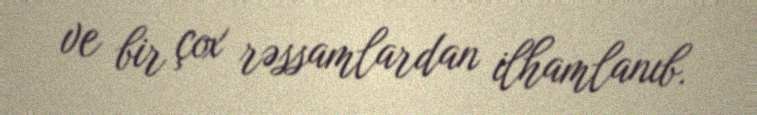
ve bir çox rəssamlardan ilhamlanıb.